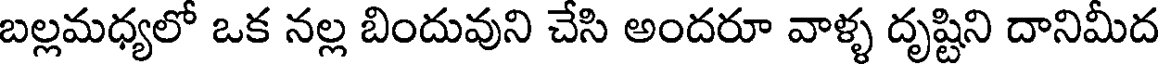
బల్లమధ్యలో ఒక నల్ల బిందువుని చేసి అందరూ వాళ్ళ దృష్టిని దానిమీద